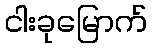
ငါးခုမြောက်